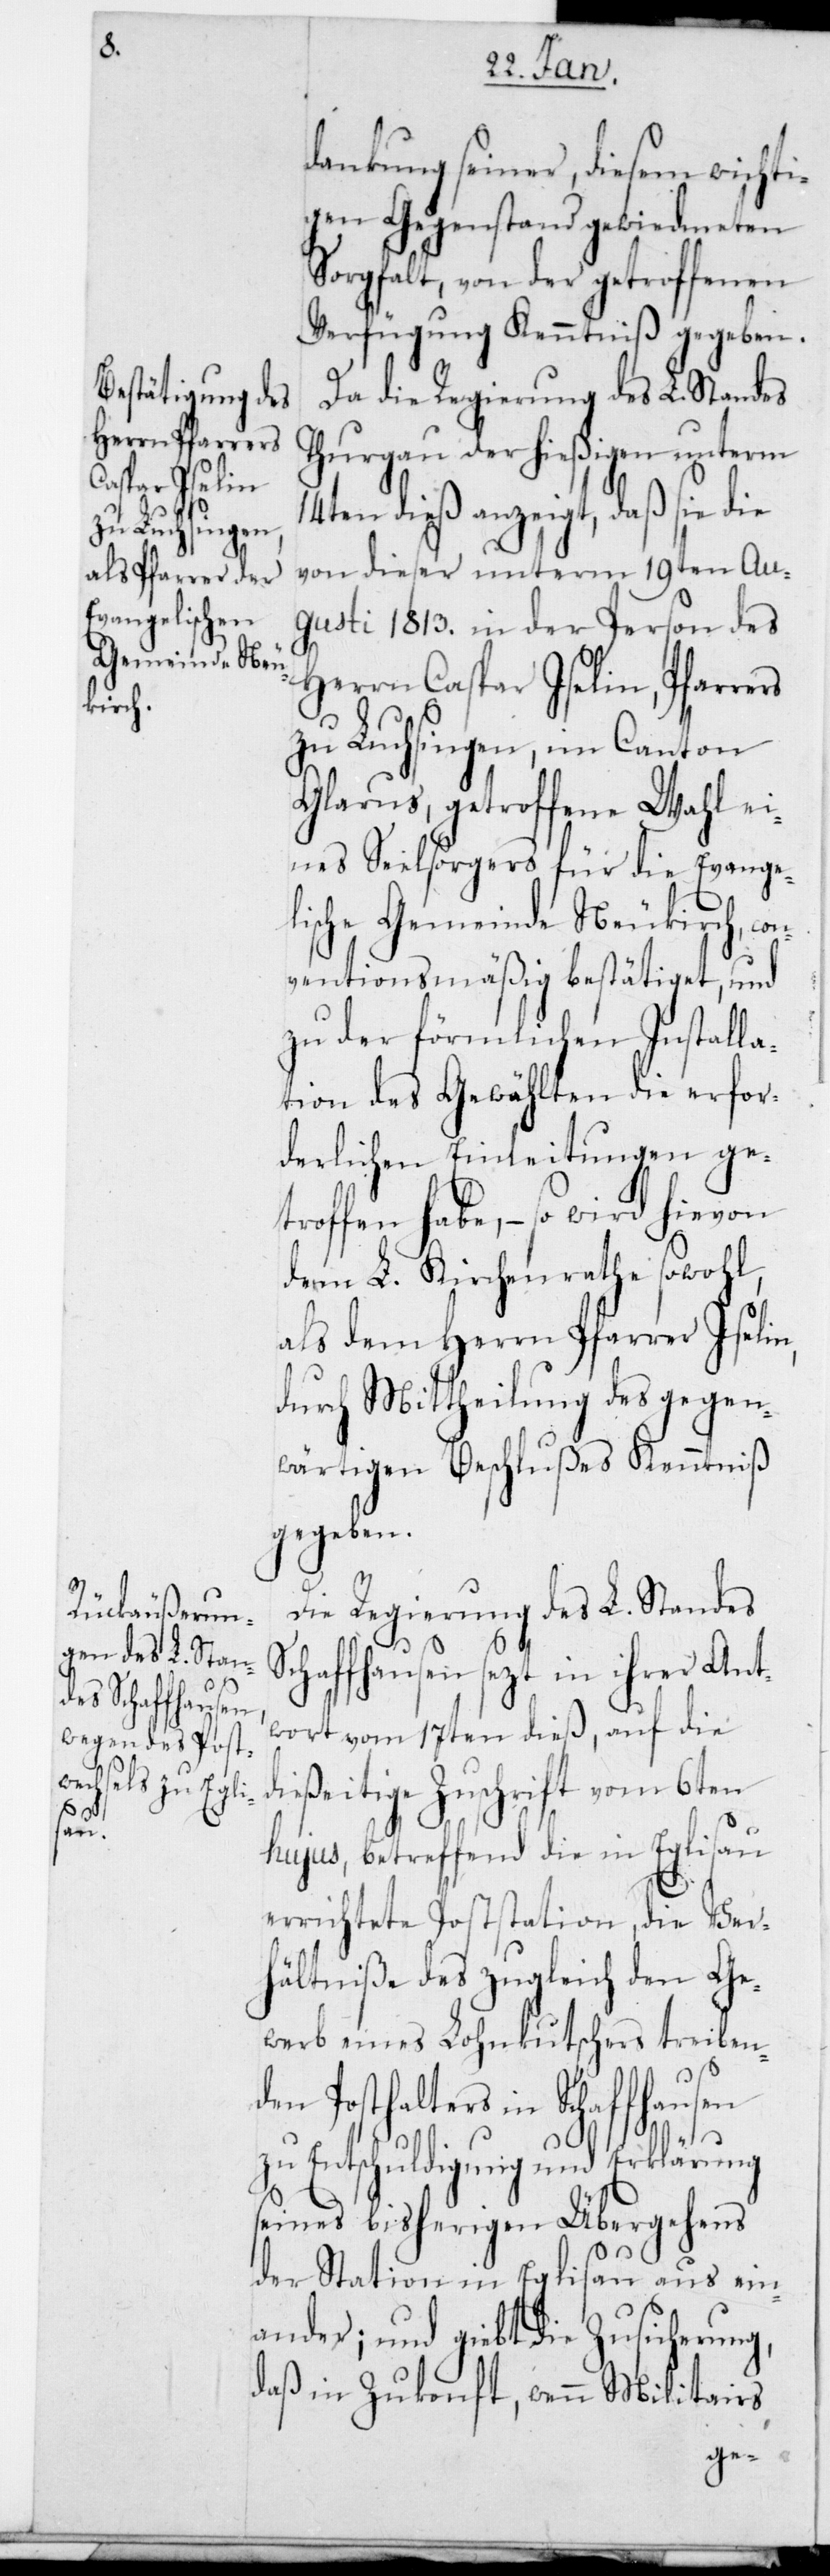
Schaffhausen

dankung seiner, diesem wicht¬
igen Gegenstand gewiedmeten
Sorgfalt, von der getroffenen
Verfügung Kenntniß gegeben.
Da die Regierung des L. Standes
Thurgau der hießigen unterm
14ten dieß anzeigt, daß sie die
von dieser unterm 19ten Au¬
gusti 1813. in der Person des
Herrn Caspar Iselin, Pfarrers
zu Luchsingen, im Canton
Glarus, getroffene Wahl ei¬
nes Seelsorgers für die Evange¬
lische Gemeinde Neukirch, con¬
ventionsmäßig bestätiget, und
zu der förmlichen Installa¬
tion des Gewählten die erfor¬
derlichen Einleitungen ge¬
troffen habe, – so wird hievon
dem L. Kirchenrathe sowohl,
als dem Herrn Pfarrer Iselin,
durch Mittheilung des gegen¬
wärtigen Beschlußes Kenntniß
gegeben.
Die Regierung des L. Standes
setzt in ihrer Ant¬
wort vom 17ten dieß, auf die
ießeitige Zuschrift vom 6ten
hujus, betreffend die in Eglisau
errichtete Poststation, die Ver¬
hältniße des zugleich den Ge¬
werb eines Lohnkutschers treiben¬
den Posthalters in Schaffhausen
zu Entschuldigung und Erklärung
seines bisherigen Übergehens
d¬
der Station in Eglisau ausein¬
ander; und gibt die Zusicherung,
daß in Zukonft, wenn Militairs